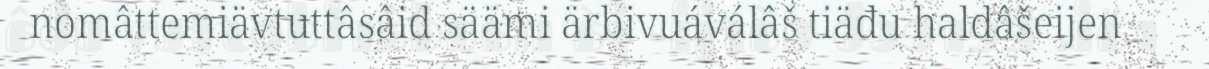
nomâttemiävtuttâsâid säämi ärbivuáválâš tiäđu haldâšeijen